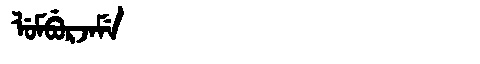
Manchu: ᠯᡠᠮᠪᡠᡵᠵᠠᠮᡝ
Romanization: LUMBURJAME